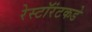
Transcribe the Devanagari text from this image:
रेस्टॉरंटकडे